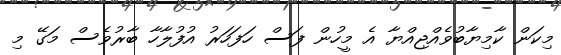
މިކަން ކާމިޔާބުވެއްޖިއްޔާ އެ މީހުން ފަސް ހަފަހަރު އުފުލާހާ ބާރުވެސް މަގޭ މި